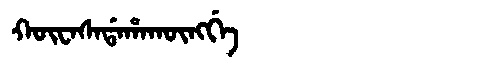
Manchu: ᡴᡡᠸᠠᠰᠠᡩᠠᡥᠠᡴᡡᠩᡤᡝ
Romanization: KŪWASADAHAKŪNGGE